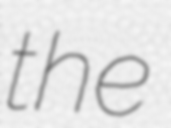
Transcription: the